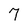
Character: 7